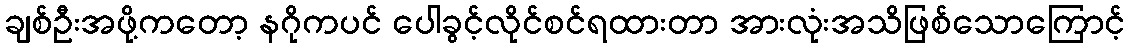
ချစ်ဦးအဖို့ကတော့ နဂိုကပင် ပေါခွင့်လိုင်စင်ရထားတာ အားလုံးအသိဖြစ်သောကြောင့်